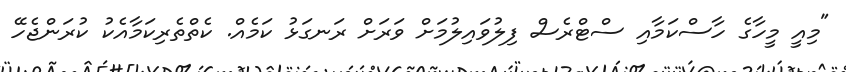
"މިއީ މީހާގެ ހާސްކަމާއި ސްޓްރެސް ފިލުވައިލުމަށް ވަރަށް ރަނގަޅު ކަމެއް. ކެތްތެރިކަމާއެކު ކުރަންޖެހޭ